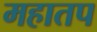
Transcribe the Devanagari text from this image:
महातप